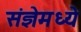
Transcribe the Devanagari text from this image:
संज्ञेमध्ये